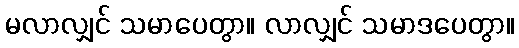
မလာလျှင် သမာပေတွာ။ လာလျှင် သမာဒပေတွာ။